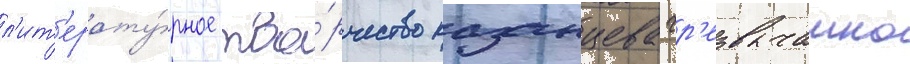
л'ит'ерату́рное тво́рчество казанцева чр'езвычаино